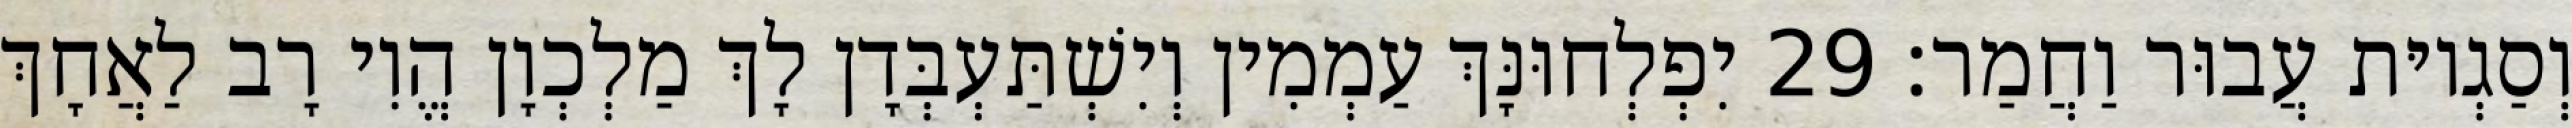
וְסַגְיוּת עֲבוּר וַחֲמַר׃ 29 יִפְלְחוּנָּךְ עַמְמִין וְיִשְׁתַּעְבְּדָן לָךְ מַלְכְוָן הֱוִי רָב לַאֲחָךְ